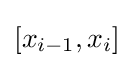
[x_{i-1},x_{i}]